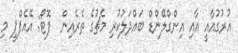
އުރުގުއާއީ އާއި އިންގްލޭންޑް ބައްދަލުކުރި މެޗުގެ ތެރެއިން  ފޮޓޯ: އޭއެފްޕީ މި